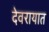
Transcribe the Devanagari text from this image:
देवरायात